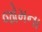
જોમના